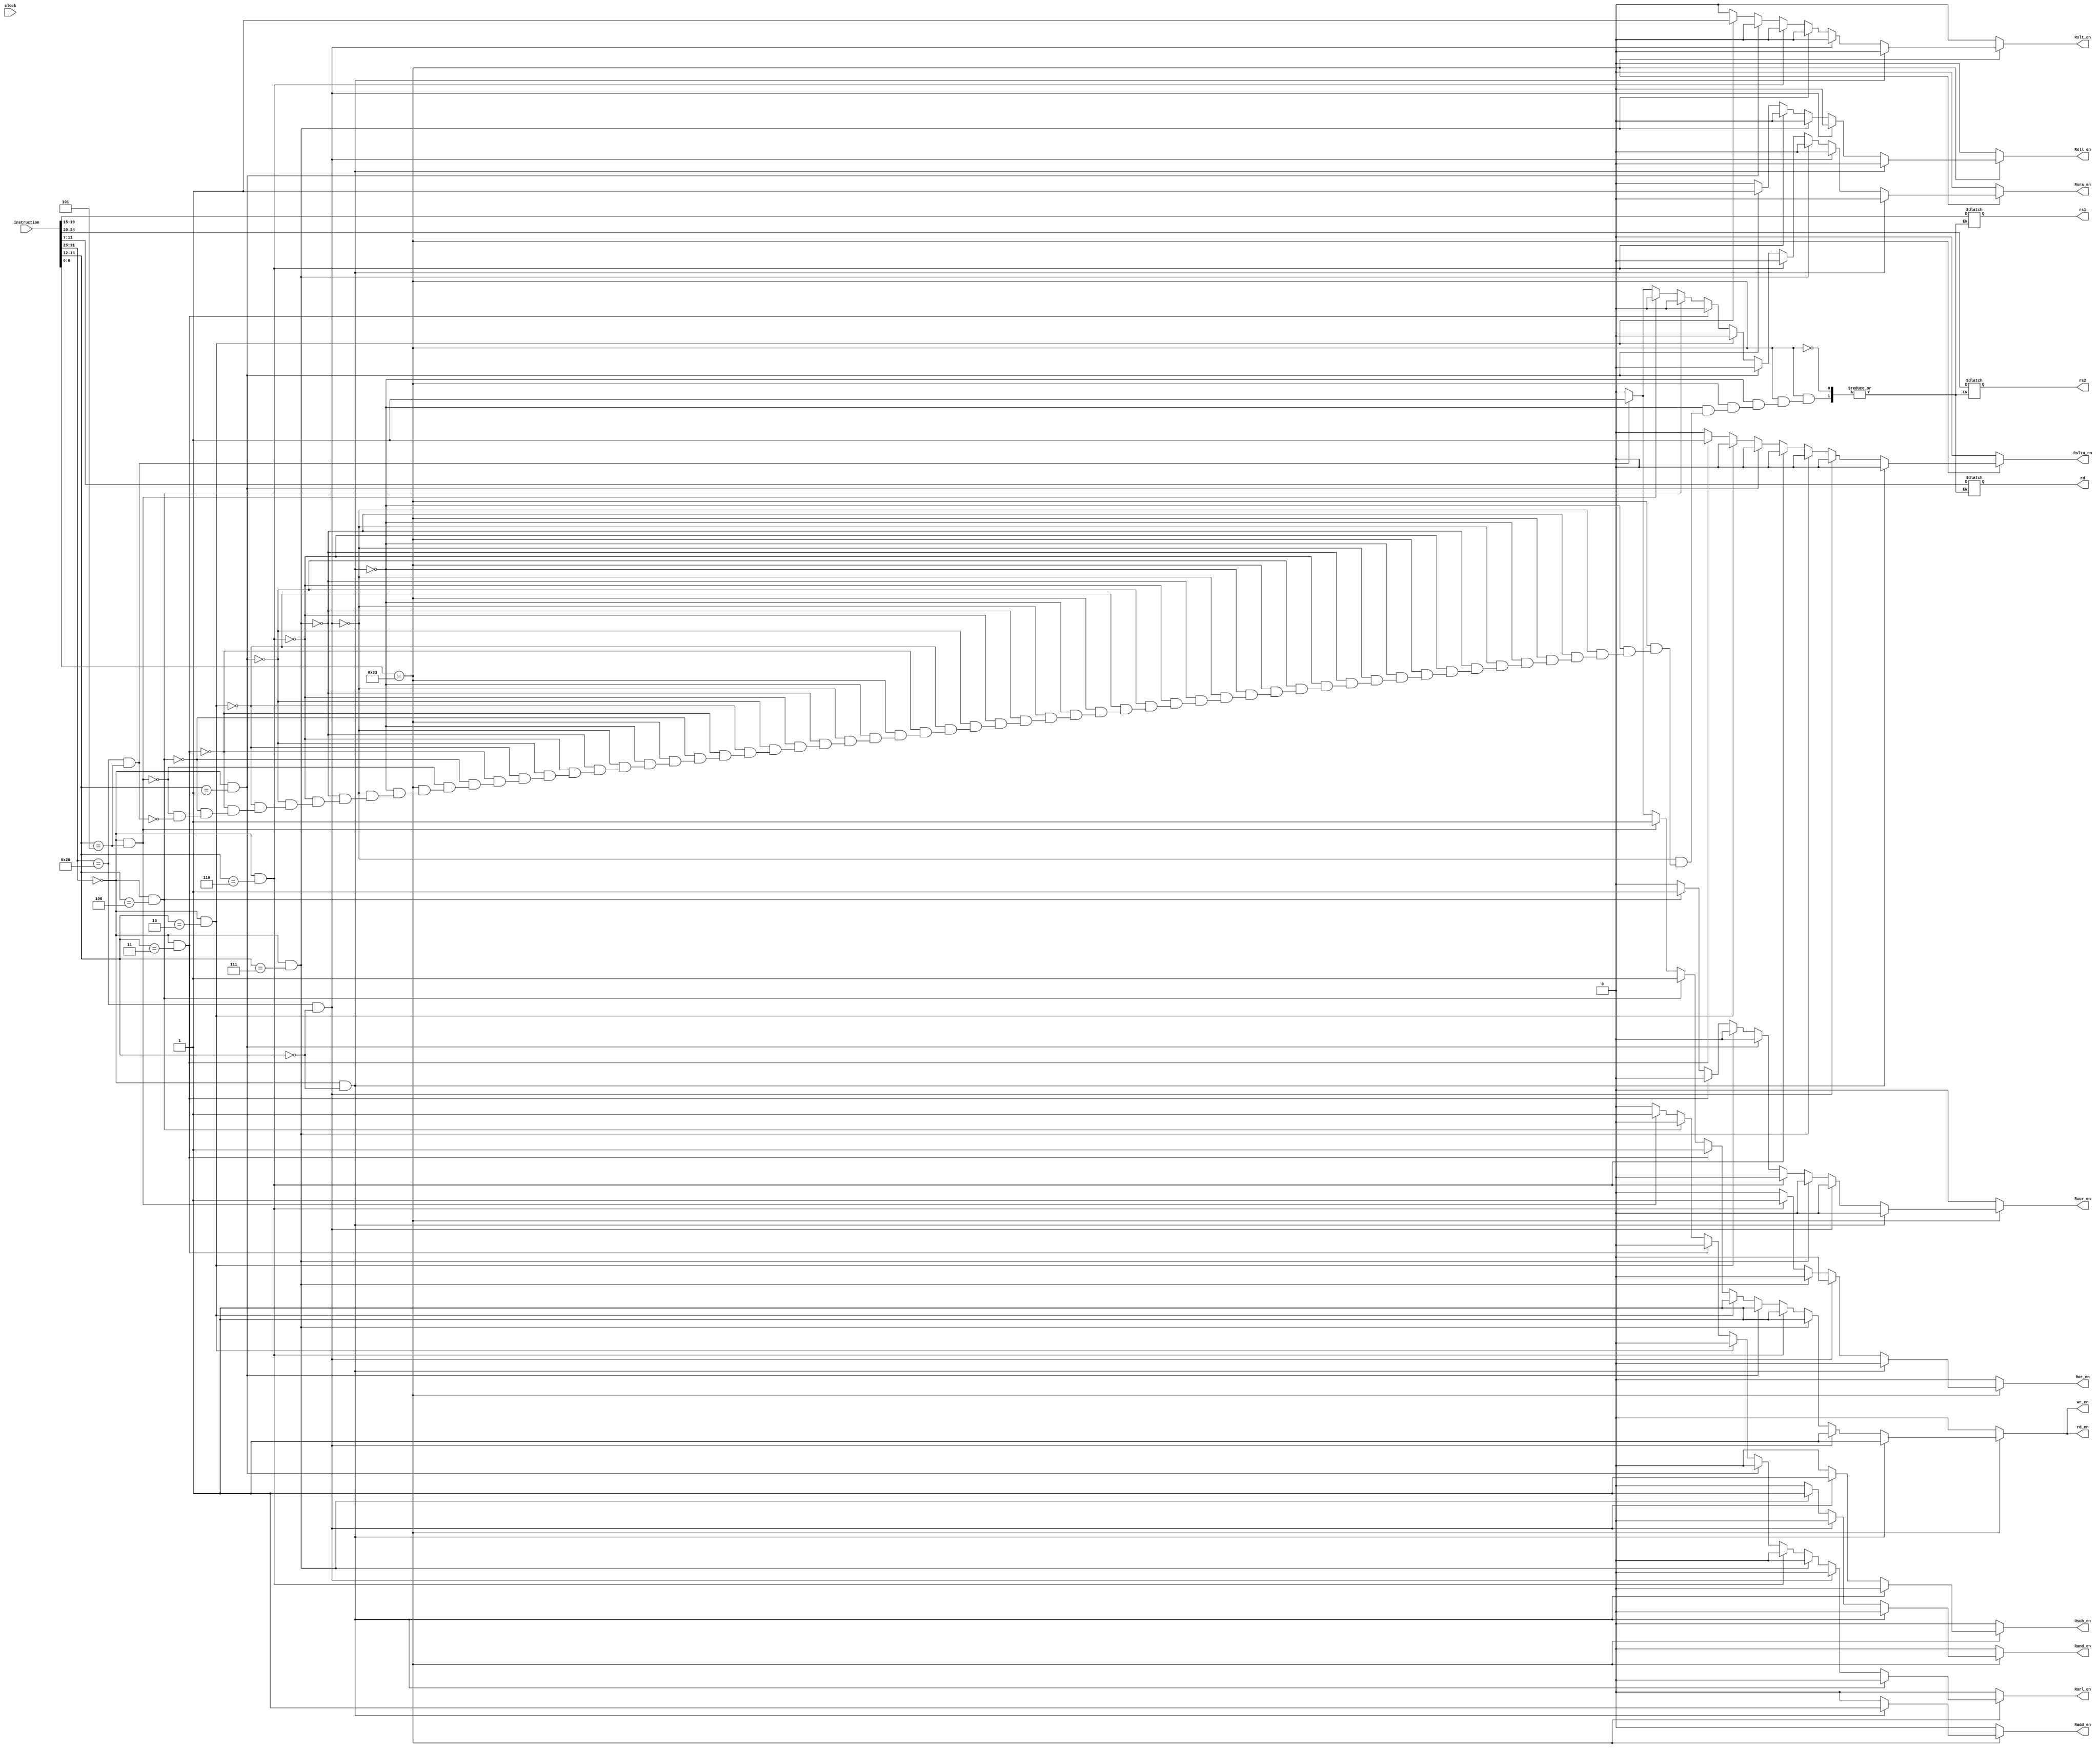
module decoder(
  input [31:0]instruction ,
  input clock,
  
  output reg Radd_en  ,
  output reg Rsub_en   ,
  output reg Rand_en,
  output reg Ror_en,
  output reg Rsll_en,
  output reg Rslt_en,
  output reg Rsltu_en,
  output reg Rxor_en,
  output reg Rsrl_en,
  output reg Rsra_en,
 
  output reg [4:0]rs1  ,
  output reg [4:0]rs2  ,
  output reg [4:0]rd   ,

  output reg rd_en     ,
  output reg wr_en     

);


	wire [6:0]opcode ;
	wire [6:0]func7 ;                        
	wire [2:0]func3 ;

assign opcode = instruction[6:0];
assign func7 = instruction [31:25];
assign func3 = instruction [14:12];


always@(opcode ,func7, func3)
begin
case(opcode)
7'b0110011:
	if(func7==7'b0000000 && func3==3'b000)
		begin
				Radd_en  = 1'b1;
   				Rsub_en  = 1'b0;
                                Rand_en  = 1'b0;
				Ror_en   = 1'b0; 
   				Rsll_en  = 1'b0;
				Rslt_en  = 1'b0;
				Rsltu_en = 1'b0;
				Rxor_en = 1'b0;
 				Rsrl_en = 1'b0;
				Rsra_en = 1'b0;
				rs1 = instruction[19:15];
				rs2= instruction[24:20];
				rd = instruction[11:7];
				rd_en     = 1'b1; 
				wr_en  = 1'b1;

		end

	 else if(func7==7'b0100000 && func3==3'b000)
		begin
				Radd_en  = 1'b0;
   				Rsub_en  = 1'b1;
                                Rand_en  = 1'b0;
				Ror_en   = 1'b0;
				Rsll_en  = 1'b0;
				Rslt_en  = 1'b0;
				Rsltu_en = 1'b0;
				Rxor_en = 1'b0;
 				Rsrl_en = 1'b0;
				Rsra_en = 1'b0;
   				rs1 = instruction[19:15];
				rs2= instruction[24:20];
				rd = instruction[11:7];
  				
				rd_en     = 1'b1; 
				wr_en =  1'b1;
		end
        else if(func7==7'b0000000 && func3==3'b111)
		begin
				Radd_en  = 1'b0;
   				Rsub_en  = 1'b0;
                                Rand_en  = 1'b1;
				Ror_en   = 1'b0; 
   				Rsll_en  = 1'b0;
				Rslt_en  = 1'b0;
				Rsltu_en = 1'b0;
				Rxor_en = 1'b0;
 				Rsrl_en = 1'b0;
				Rsra_en = 1'b0;
				rs1 = instruction[19:15];
				rs2= instruction[24:20];
				rd = instruction[11:7];
				rd_en     = 1'b1; 
				wr_en  = 1'b1;

		end
        else if(func7==7'b0000000 && func3==3'b110)
		begin
				Radd_en  = 1'b0;
   				Rsub_en  = 1'b0;
                                Rand_en  = 1'b0;
				Ror_en   = 1'b1; 
   				Rsll_en  = 1'b0;
				Rslt_en  = 1'b0;
				Rsltu_en = 1'b0;
				Rxor_en = 1'b0;
 				Rsrl_en = 1'b0;
				Rsra_en = 1'b0;
				rs1 = instruction[19:15];
				rs2= instruction[24:20];
				rd = instruction[11:7];
				rd_en     = 1'b1; 
				wr_en  = 1'b1;

		end
      else if(func7==7'b0000000 && func3==3'b001)
		begin
				Radd_en  = 1'b0;
   				Rsub_en  = 1'b0;
                                Rand_en  = 1'b0;
				Ror_en   = 1'b0; 
   				Rsll_en  = 1'b1;
				Rslt_en  = 1'b0;
				Rsltu_en = 1'b0;
				Rxor_en = 1'b0;
 				Rsrl_en = 1'b0;
				Rsra_en = 1'b0;
				rs1 = instruction[19:15];
				rs2= instruction[24:20];
				rd = instruction[11:7];
				rd_en     = 1'b1; 
				wr_en  = 1'b1;
               end
      else if(func7==7'b0000000 && func3==3'b010)
		begin
				Radd_en  = 1'b0;
   				Rsub_en  = 1'b0;
                                Rand_en  = 1'b0;
				Ror_en   = 1'b0; 
   				Rsll_en  = 1'b0;
				Rslt_en  = 1'b1;
				Rsltu_en = 1'b0;
				Rxor_en = 1'b0;
 				Rsrl_en = 1'b0;
				Rsra_en = 1'b0;
				rs1 = instruction[19:15];
				rs2= instruction[24:20];
				rd = instruction[11:7];
				rd_en     = 1'b1; 
				wr_en  = 1'b1;
         end
   else if(func7==7'b0000000 && func3==3'b011)
		begin
				Radd_en  = 1'b0;
   				Rsub_en  = 1'b0;
                                Rand_en  = 1'b0;
				Ror_en   = 1'b0; 
   				Rsll_en  = 1'b0;
				Rslt_en  = 1'b0;
				Rsltu_en = 1'b1;
				Rxor_en = 1'b0;
 				Rsrl_en = 1'b0;
				Rsra_en = 1'b0;
				rs1 = instruction[19:15];
				rs2= instruction[24:20];
				rd = instruction[11:7];
				rd_en     = 1'b1; 
				wr_en  = 1'b1;
          end
    else if(func7==7'b0000000 && func3==3'b100)
		begin
				Radd_en  = 1'b0;
   				Rsub_en  = 1'b0;
                                Rand_en  = 1'b0;
				Ror_en   = 1'b0; 
   				Rsll_en  = 1'b0;
				Rslt_en  = 1'b0;
				Rsltu_en = 1'b0;
				Rxor_en = 1'b1;
 				Rsrl_en = 1'b0;
				Rsra_en = 1'b0;
				rs1 = instruction[19:15];
				rs2= instruction[24:20];
				rd = instruction[11:7];
				rd_en     = 1'b1; 
				wr_en  = 1'b1;
          end
    else if(func7==7'b0000000 && func3==3'b101)
		begin
				Radd_en  = 1'b0;
   				Rsub_en  = 1'b0;
                                Rand_en  = 1'b0;
				Ror_en   = 1'b0; 
   				Rsll_en  = 1'b0;
				Rslt_en  = 1'b0;
				Rsltu_en = 1'b0;
				Rxor_en = 1'b0;
 				Rsrl_en = 1'b1;
				Rsra_en = 1'b0;
				rs1 = instruction[19:15];
				rs2= instruction[24:20];
				rd = instruction[11:7];
				rd_en     = 1'b1; 
				wr_en  = 1'b1;
                 end
     else if(func7==7'b0100000 && func3==3'b101)
		begin
				Radd_en  = 1'b0;
   				Rsub_en  = 1'b0;
                                Rand_en  = 1'b0;
				Ror_en   = 1'b0; 
   				Rsll_en  = 1'b0;
				Rslt_en  = 1'b0;
				Rsltu_en = 1'b0;
				Rxor_en = 1'b0;
 				Rsrl_en = 1'b0;
				Rsra_en = 1'b1;
				rs1 = instruction[19:15];
				rs2= instruction[24:20];
				rd = instruction[11:7];
				rd_en     = 1'b1; 
				wr_en  = 1'b1;
              end
        else 
		begin
				Radd_en  = 1'b0;
   				Rsub_en  = 1'b0; 
  				Rand_en  = 1'b0;
				Ror_en   = 1'b0;
				Rsll_en  = 1'b0;
				Rslt_en  = 1'b0;
				Rsltu_en = 1'b0;
				Rxor_en = 1'b0;
 				Rsrl_en = 1'b0;
				Rsra_en = 1'b0; 
				rd_en    = 1'b0; 
				wr_en    =  1'b0;
         end

			default:
				begin
				
		
				Radd_en  = 1'b0;
				
   				Rsub_en  = 1'b0; 
   				Rand_en  = 1'b0;
				Ror_en   = 1'b0; 
  				Rsll_en  = 1'b0;
				Rslt_en  = 1'b0;
				Rsltu_en = 1'b0;
				Rxor_en = 1'b0;
 				Rsrl_en = 1'b0;
				Rsra_en = 1'b0;
				rd_en     = 1'b0; 
				wr_en =  1'b0;
				end
			endcase
		end
endmodule